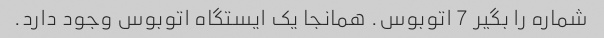
شماره را بگیر 7 اتوبوس. همانجا یک ایستگاه اتوبوس وجود دارد.